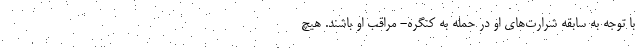
با توجه به سابقه شرارت‌های او در حمله به کنگره- مراقب او باشند. هیچ